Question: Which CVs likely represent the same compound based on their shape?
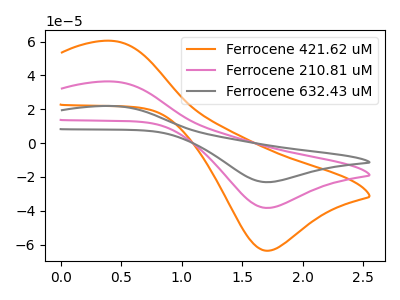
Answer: <think>The orange curve "Ferrocene 421.62 uM" has an anodic peak at (0.45V, 60.35uA) and a cathodic peak at (1.70V, -63.60uA). The pink curve "Ferrocene 210.81 uM" has an anodic peak at (0.45V, 36.35uA) and a cathodic peak at (1.70V, -38.30uA). The gray curve "Ferrocene 632.43 uM" has an anodic peak at (0.45V, 72.75uA) and a cathodic peak at (1.70V, -76.60uA).
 All the peaks in "Ferrocene 421.62 uM" have a peak in "Ferrocene 210.81 uM" at the same potential. Every peak in "Ferrocene 421.62 uM" is higher than every peak in "Ferrocene 210.81 uM". All the peaks in "Ferrocene 421.62 uM" have a peak in "Ferrocene 632.43 uM" at the same potential. Every peak in "Ferrocene 421.62 uM" is lower than every peak in "Ferrocene 632.43 uM". All the peaks in "Ferrocene 210.81 uM" have a peak in "Ferrocene 632.43 uM" at the same potential. Every peak in "Ferrocene 210.81 uM" is lower than every peak in "Ferrocene 632.43 uM".</think>
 <answer>"Ferrocene 421.62 uM", "Ferrocene 210.81 uM" and "Ferrocene 632.43 uM" have the same shape and are likely CV's of the same chemical.</answer>
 <eval>"Ferrocene 421.62 uM" "Ferrocene 210.81 uM" "Ferrocene 632.43 uM"</eval>